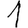
Digit: 1